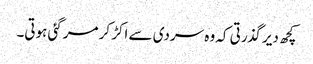
کچھ دیر گذرتی کہ وہ سردی سے اکڑ کر مرگئی ہوتی۔